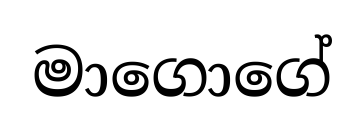
මාගොගේ